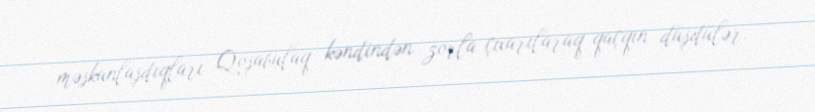
məskunlaşdıqları Qoşabulaq kəndindən zorla çıxarılaraq qaçqın düşdülər.